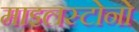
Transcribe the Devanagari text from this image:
माइलस्टोनो